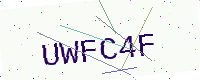
Text: UWFC4F